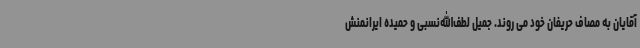
آقایان به مصاف حریفان خود می روند. جمیل لطف‌الله‌نسبی و حمیده ایرانمنش